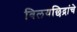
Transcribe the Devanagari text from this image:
विलयछिद्रांचे